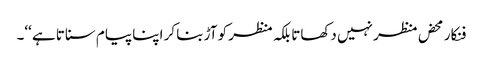
فنکار محض منظر نہیں دکھاتا بلکہ منظر کو آڑ بنا کر اپنا پیام سناتا ہے ‘‘۔